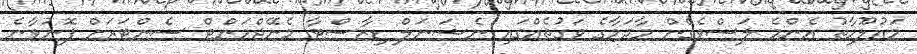
މައުލޫމާތު އެންމެ ލަސްވެގެން މާދަމާގެ ވަގުތެއްގައި ނެޝަނަލް ޑިޒާސްޓާ މެނޭޖްމަންޓް ސެންޓަރަށް ފޮނުވާނެ